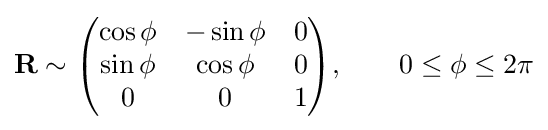
\mathbf {R} \sim {\begin{pmatrix}\cos \phi &-\sin \phi &0\\\sin \phi &\cos \phi &0\\0&0&1\\\end{pmatrix}},\qquad 0\leq \phi \leq 2\pi